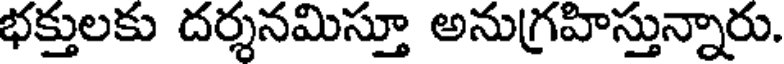
భక్తులకు దర్శనమిస్తూ అనుగ్రహిస్తున్నారు.